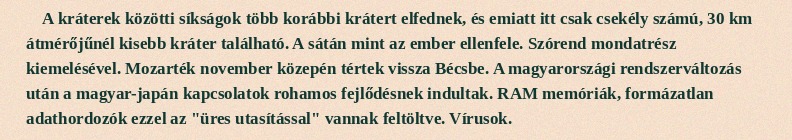
A kráterek közötti síkságok több korábbi krátert elfednek, és emiatt itt csak csekély számú, 30 km átmérőjűnél kisebb kráter található. A sátán mint az ember ellenfele. Szórend mondatrész kiemelésével. Mozarték november közepén tértek vissza Bécsbe. A magyarországi rendszerváltozás után a magyar-japán kapcsolatok rohamos fejlődésnek indultak. RAM memóriák, formázatlan adathordozók ezzel az "üres utasítással" vannak feltöltve. Vírusok.